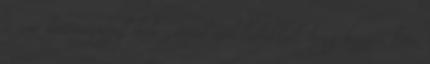
a zsír kötőanyagok bele zsírral molekulákkal, hogy hozzon létre